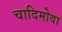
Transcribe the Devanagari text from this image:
चादिमोवा